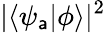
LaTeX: |\langle\psi_{\mathsf{a}}|\phi\rangle|^{2}